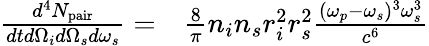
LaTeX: \begin{array}{rl}{\frac{d^{4}N_{\mathrm{pair}}}{dtd\Omega_{i}d\Omega_{s}d\omega_{s}}=}&{{}\frac{8}{\pi}n_{i}n_{s}r_{i}^{2}r_{s}^{2}\frac{(\omega_{p}-\omega_{s})^{3}\omega_{s}^{3}}{c^{6}}}\end{array}